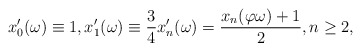
\begin{align*}x'_0(\omega)\equiv 1,x'_1(\omega)\equiv\frac{3}{4} x'_n(\omega)=\frac{x_n(\varphi \omega)+1}{2},n\geq 2,\end{align*}